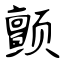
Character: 颤